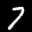
Label: 7